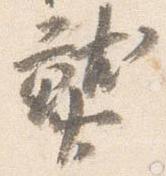
熟